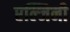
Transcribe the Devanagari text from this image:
एल्जिनी